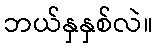
ဘယ်နှနှစ်လဲ။